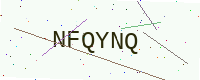
Text: NFQYNQ